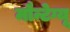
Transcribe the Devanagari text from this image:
मौन्टेग्यू